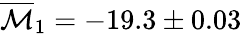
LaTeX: \overline{{\mathcal{M}}}_{1}=-19.3\pm 0.03